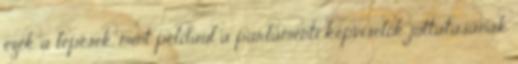
ezek a lépések, mint például a parlamenti képviselők juttatásának